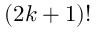
( 2 k + 1 ) !